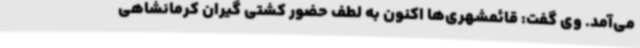
می‌آمد. وی گفت: قائمشهری‌ها اکنون به لطف حضور کشتی گیران کرمانشاهی